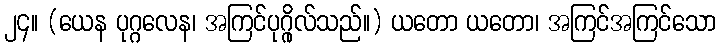
၂၄။ (ယေန ပုဂ္ဂလေန၊ အကြင်ပုဂ္ဂိုလ်သည်။) ယတော ယတော၊ အကြင်အကြင်သော